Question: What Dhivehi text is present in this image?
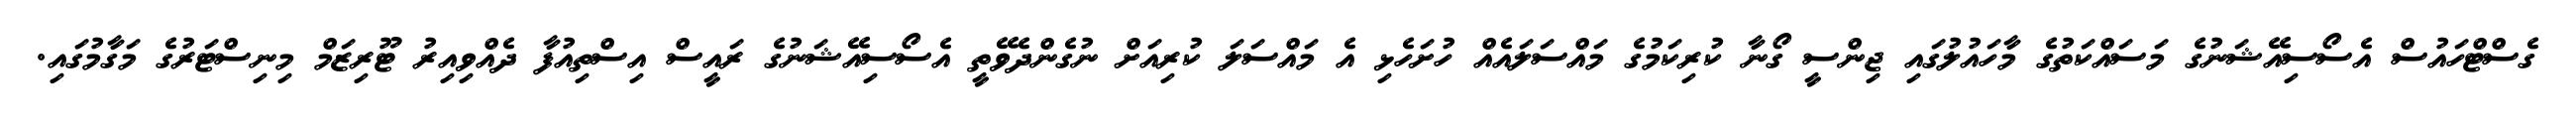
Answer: ގެސްޓްހައުސް އެސޯސިއޭޝަނުގެ މަސައްކަތުގެ މާހައުލުގައި ޖިންސީ ގޯނާ ކުރިކަމުގެ މައްސަލައެއް ހުށަހެޅި އެ މައްސަލަ ކުރިއަށް ނުގެންދެވޭތީ އެސޯސިއޭޝަނުގެ ރައީސް އިސްތިއުފާ ދެއްވިއިރު ޓޫރިޒަމް މިނިސްޓަރުގެ މަގާމުގައި.